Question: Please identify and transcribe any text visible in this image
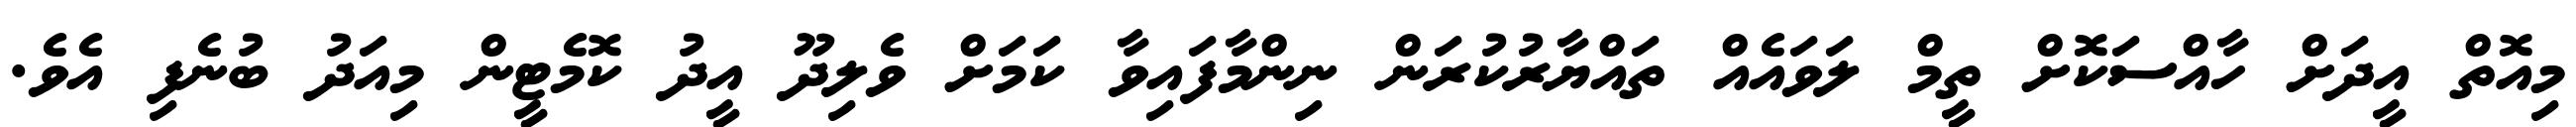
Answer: މިއޮތް އީދަށް ހާއްސަކޮށް ތީމް ލަވައެއް ތައްޔާރުކުރަން ނިންމާފައިވާ ކަމަށް ވެލިދޫ އީދު ކޮމެޓީން މިއަދު ބުނެފި އެވެ.